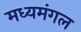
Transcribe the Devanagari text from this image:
मध्यमंगल